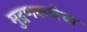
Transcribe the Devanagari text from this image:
मुद्रणकलेचा